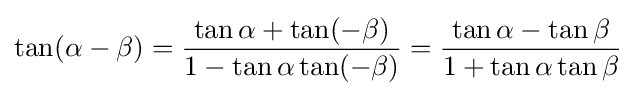
\tan(\alpha -\beta )={\frac {\tan \alpha +\tan(-\beta )}{1-\tan \alpha \tan(-\beta )}}={\frac {\tan \alpha -\tan \beta }{1+\tan \alpha \tan \beta }}